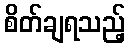
စိတ်ချရသည့်